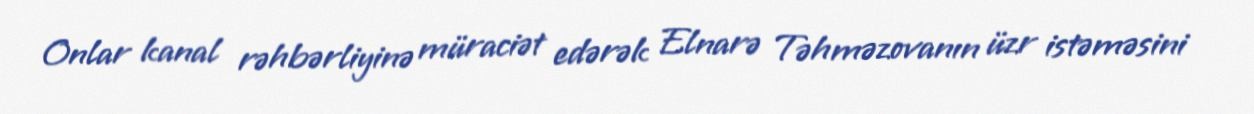
Onlar kanal rəhbərliyinə müraciət edərək Elnarə Təhməzovanın üzr istəməsini